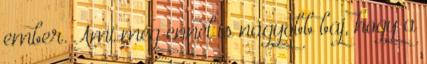
ember. Ami még ennél is nagyobb baj, hogy a